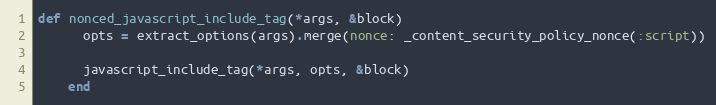
Language: Ruby
def nonced_javascript_include_tag(*args, &block)
      opts = extract_options(args).merge(nonce: _content_security_policy_nonce(:script))

      javascript_include_tag(*args, opts, &block)
    end